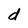
Character: d